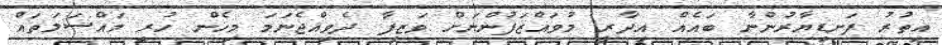
އިތުރު ފަނޑިޔާރުންނާ ބައެއް އިދާރީ މުވައްޒަފުންނަށް ވަޒީފާ ދެވިއްޖެނަމަ މިހެން ހުރި މައްސަލަތައް